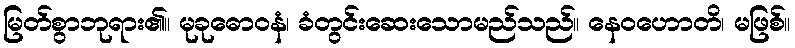
မြတ်စွာဘုရား၏။ မုခုဓောဝနံ၊ ခံတွင်းဆေးသောမည်သည်။ နေဝဟောတိ၊ မဖြစ်။